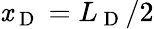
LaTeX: \mathit{x}_{\mathrm{{~D~}}}=L_{\mathrm{{~D~}}}/2